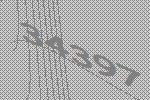
34397